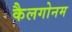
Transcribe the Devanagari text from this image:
कैलगोनम